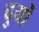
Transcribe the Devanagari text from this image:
दुर्यो